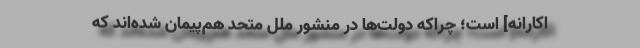
اکارانه] است؛ چراکه دولت‌ها در منشور ملل متحد هم‌پیمان شده‌اند که